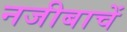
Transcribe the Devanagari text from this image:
नजीबाचें